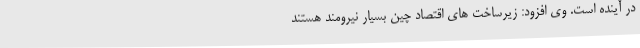
در آینده است. وی افزود: زیرساخت های اقتصاد چین بسیار نیرومند هستند